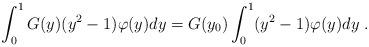
LaTeX: \begin{align*}\int_0^1 G(y)(y^2-1)\varphi(y)dy=G(y_0)\int_0^1(y^2-1)\varphi(y)dy\;.\end{align*}